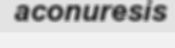
aconuresis